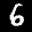
Label: 6